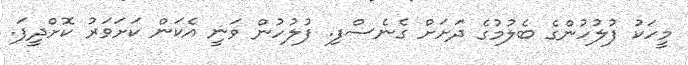
މީހަކު ފުލުހުންގެ ބެލުމުގެ ދަށަށް ގެނެސްފި. ފުލުހުން ވަނީ އެކަން ކަށަވަރު ކޮށްދީފަ.